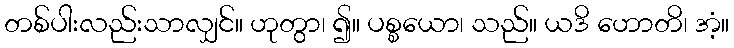
တစ်ပါးလည်းသာလျှင်။ ဟုတွာ၊ ၍။ ပစ္စယော၊ သည်။ ယဒိ ဟောတိ၊ အံ့။